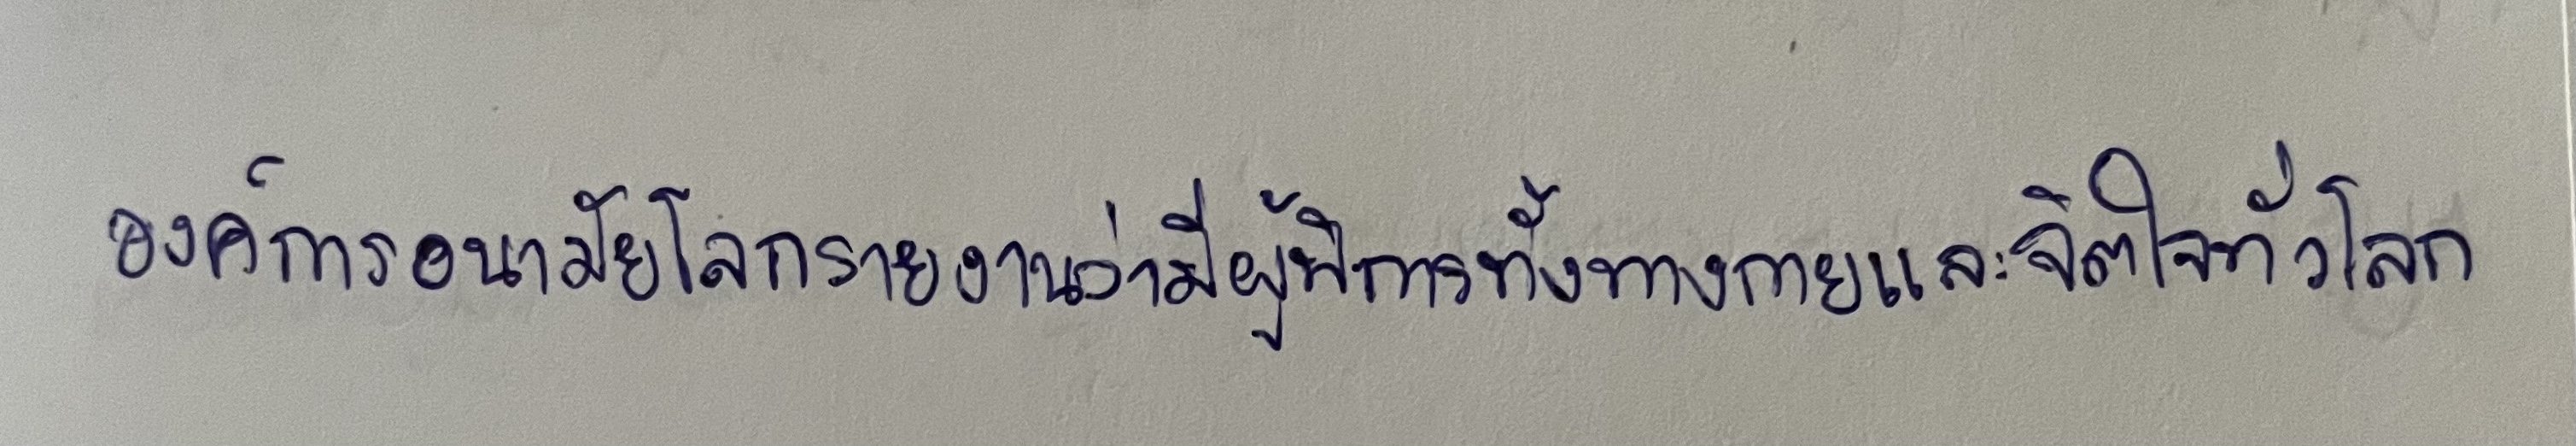
องค์การอนามัยโลกรายงานว่ามีผู้พิการทั้งทางกายและจิตใจทั่วโลก